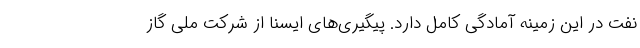
نفت در این زمینه آمادگی کامل دارد. پیگیری‌های ایسنا از شرکت ملی گاز